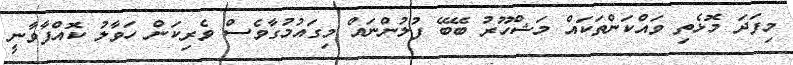
މިފަދަ މޮޅެތި ވައްކަންތަކައް މަޝްހޫރު ބޭބޭ ފުލުންނައް މިގައުމުގާވެސް ވެރިކަން ހަވާލު ކޮއްފާވާނީ